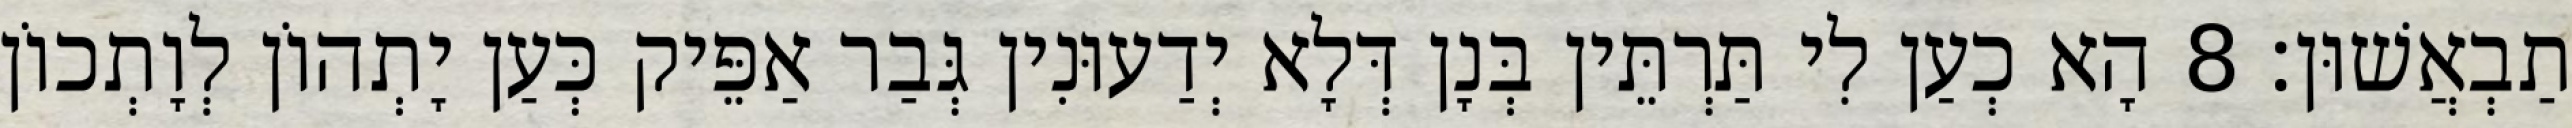
תַבְאֲשׁוּן׃ 8 הָא כְעַן לִי תַּרְתֵּין בְּנָן דְּלָא יְדַעוּנִין גְּבַר אַפֵּיק כְּעַן יָתְהוֹן לְוָתְכוֹן